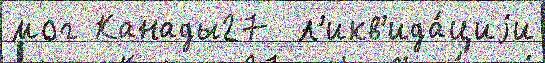
мог Канады27  л'икв'ида́циjи